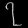
Digit: ၇